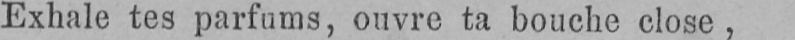
Exhale tes parfums, ouvre ta bouche close,